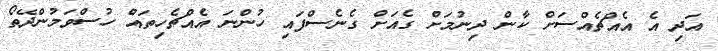
އަދި އެ އެއްޗެއްސަށް ކާން ދިނުމަށް ގެއަށް ގެނެސްފައި ހުންނަ އެއްޗެހިތައް ހުސްވަމުންދޭތޯ